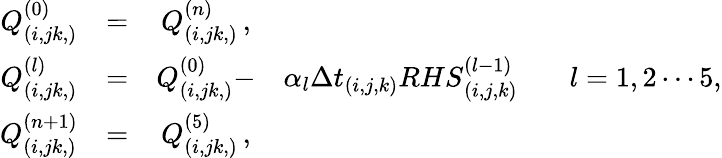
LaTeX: \begin{array}{ccccc}{Q_{(i,jk,)}^{(0)}}&{=}&{Q_{(i,jk,)}^{(n)}\, \mathrm{,}}&&\\ {Q_{(i,jk,)}^{(l)}}&{=}&{Q_{(i,jk,)}^{(0)}-}&{\alpha_{l}{\Delta t}_{(i,j,k)}{RHS}_{(i,j,k)}^{(l-1)}\, }&{\, \, \, \, l=1,2\cdots 5,}\\ {Q_{(i,jk,)}^{(n+1)}}&{=}&{Q_{(i,jk,)}^{(5)}\, \mathrm{,}}&&\end{array}